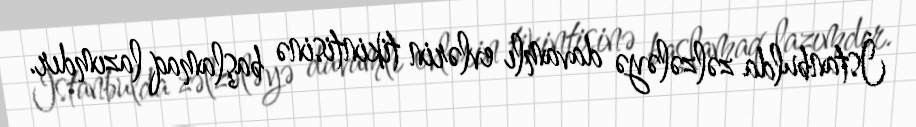
İstanbulda zəlzələyə davamlı evlərin tikintisinə başlamaq lazımdır.